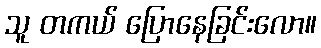
သူ တကယ် ပြောနေခြင်းလော။